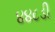
૪૪૮ડી